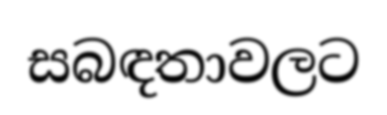
සබඳතාවලට